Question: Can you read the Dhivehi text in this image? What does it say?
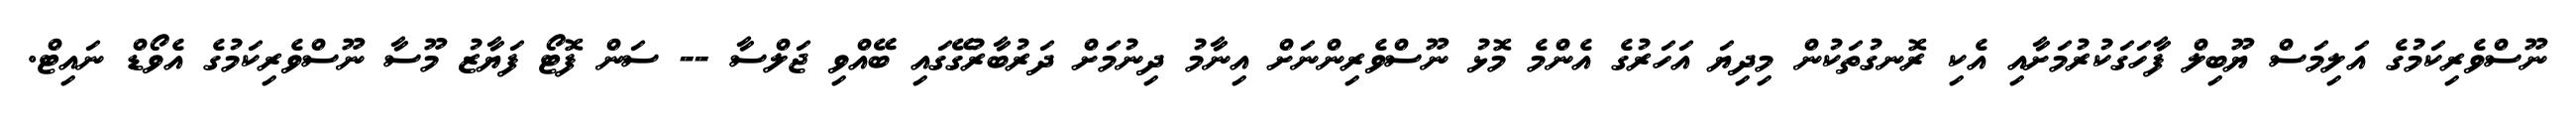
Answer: ނޫސްވެރިކަމުގެ އަލިމަސް ޔޫބިލް ފާހަގަކުރުމަށާއި އެކި ރޮނގުތަކުން މިދިޔަ އަހަރުގެ އެންމެ މޮޅު ނޫސްވެރިންނަށް އިނާމު ދިނުމަށް ދަރުބާރުގޭގައި ބޭއްވި ޖަލްސާ -- ސަން ފޮޓޯ ފަޔާޒު މޫސާ ނޫސްވެރިކަމުގެ އެވޯޑް ނައިޓް.